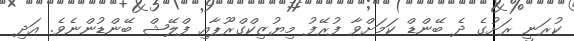
ކުރަނީ ރަށުގެ ދެ ބޭންޑް ކަމަށްވާ ފުރޭފު މިޔުޒިކްގްރޫޕާއި ފްލޭޝް ބޭންޑުންނެވެ. އަދި